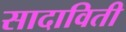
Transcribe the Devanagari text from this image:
सादाविती